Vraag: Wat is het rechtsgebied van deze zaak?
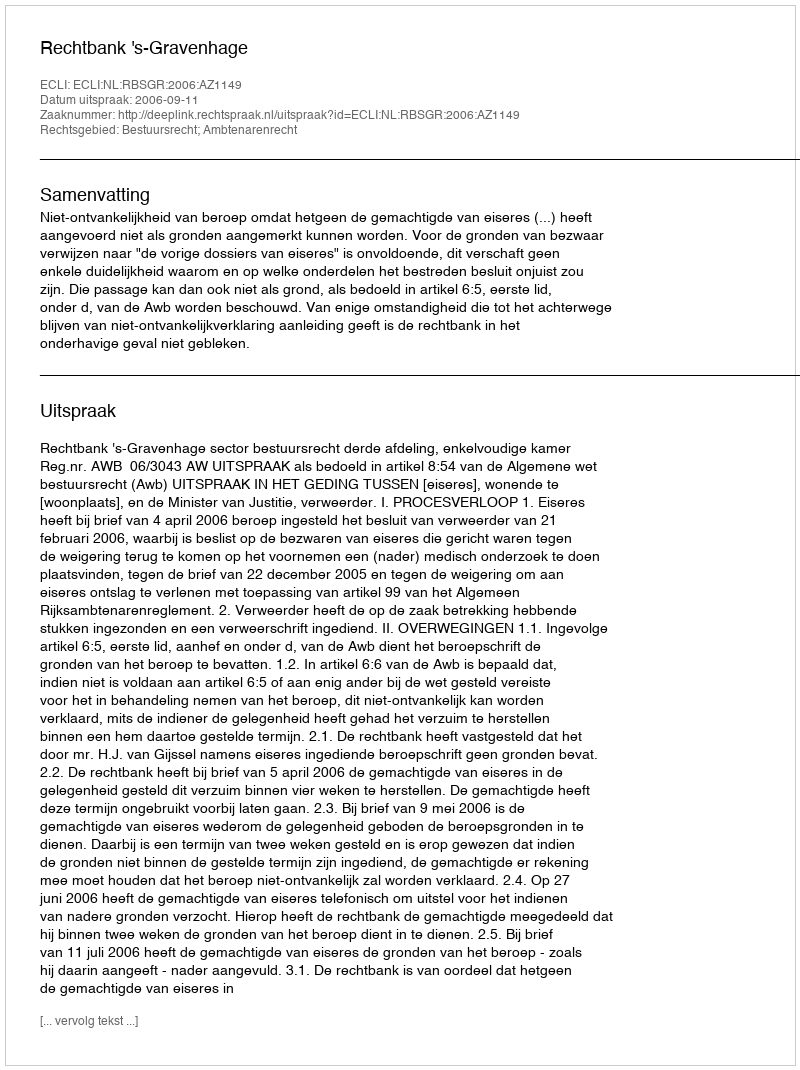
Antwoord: Bestuursrecht; Ambtenarenrecht